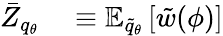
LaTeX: \begin{array}{rl}{\bar{Z}_{q_{\theta}}}&{{}\equiv\mathbb{E}_{\widetilde{q}_{\theta}}\left[\tilde{w}(\phi)\right]}\end{array}